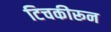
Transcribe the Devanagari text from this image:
टिचकीरून